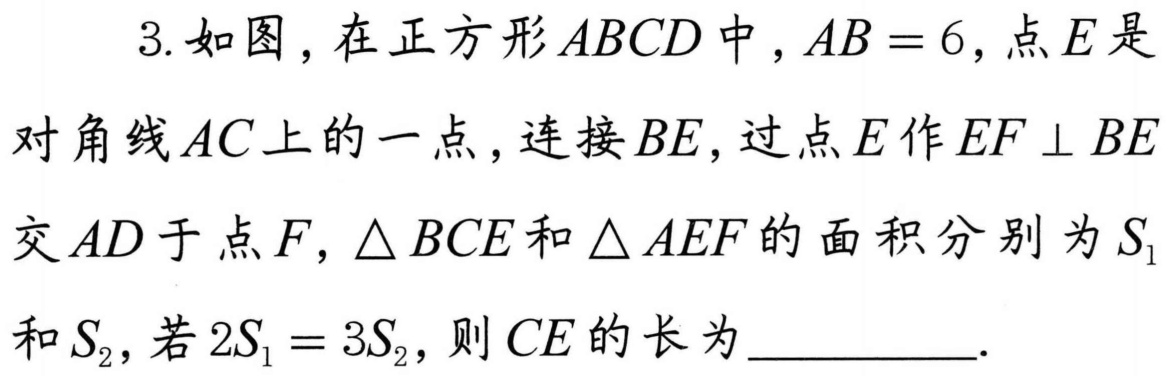
3. 如图，在正方形 \(ABCD\) 中，\(AB = 6\)，点 \(E\) 是对角线 \(AC\) 上的一点，连接 \(BE\)，过点 \(E\) 作 \(EF\perp BE\) 交 \(AD\) 于点 \(F\)，\(\triangle BCE\) 和 \(\triangle AEF\) 的面积分别为 \(S_{1}\) 和 \(S_{2}\)，若 \(2S_{1}=3S_{2}\)，则 \(CE\) 的长为  ．